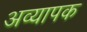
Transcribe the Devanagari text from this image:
अव्यापक